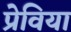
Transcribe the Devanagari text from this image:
प्रेविया